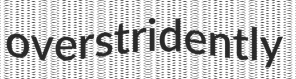
overstridently